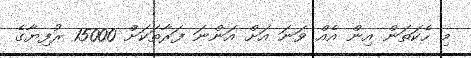
މި ހެކަތަން އިން އެއް ވަނަ އަށް އަންނަ ފަރާތަކަށް 15000 ރުފިޔާގެ